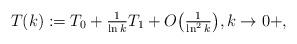
LaTeX: \begin{align*}T(k) := T_0 + \tfrac{1}{\ln k}T_1 +O\big(\tfrac{1}{\ln^2k}\big),k\rightarrow 0+,\end{align*}